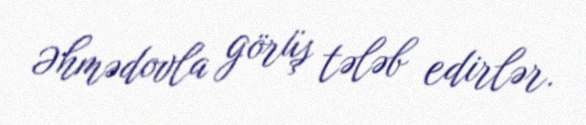
Əhmədovla görüş tələb edirlər.